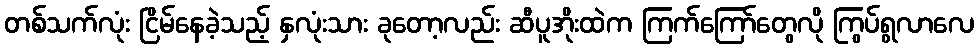
တစ်သက်လုံး ငြိမ်နေခဲ့သည့် နှလုံးသား ခုတော့လည်း ဆီပူအိုးထဲက ကြက်ကြော်တွေလို ကြွပ်ရွလာလေ